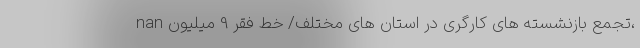
nan تجمع بازنشسته‌ های کارگری در استان‌ های مختلف/ خط فقر 9 میلیون،